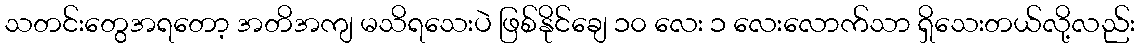
သတင်းတွေအရတော့ အတိအကျ မသိရသေးပဲ ဖြစ်နိုင်ချေ ၁၀ လေး ၁ လေးလောက်သာ ရှိသေးတယ်လို့လည်း